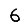
Digit: 6